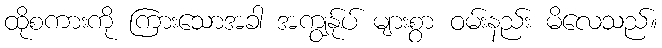
ထိုစကားကို ကြားသောအခါ အကျွန်ုပ် များစွာ ဝမ်းနည်း မိလေသည်။